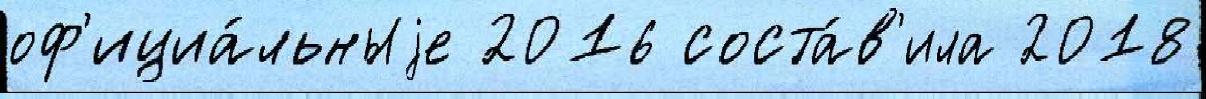
оф'ициа́льныjе 2016 соста́в'ила 2018